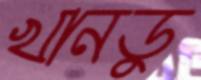
খানডু